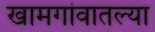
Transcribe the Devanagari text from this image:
खामगांवातल्या